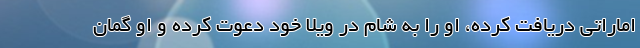
اماراتی دریافت کرده، او را به شام در ویلا خود دعوت کرده و او گمان